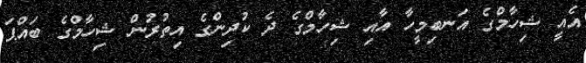
އެއީ ޝިހާމްގެ އަނބިމީހާ އާއި ޝިހާމްގެ ދެ ކުދިންގެ އިތުރުން ޝިހާމްގެ ބައްޕަ